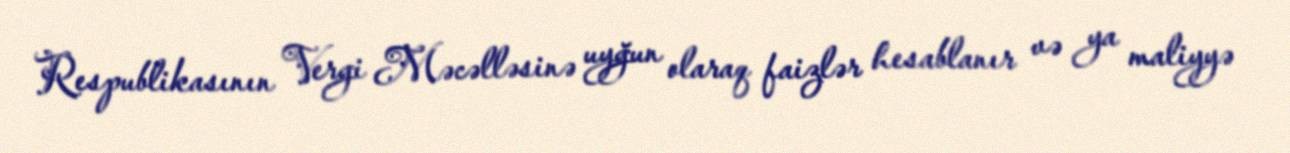
Respublikasının Vergi Məcəlləsinə uyğun olaraq faizlər hesablanır və ya maliyyə